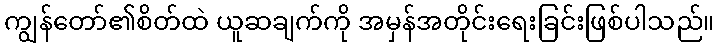
ကျွန်တော်၏စိတ်ထဲ ယူဆချက်ကို အမှန်အတိုင်းရေးခြင်းဖြစ်ပါသည်။